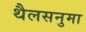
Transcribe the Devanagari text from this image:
थैलसनुमा